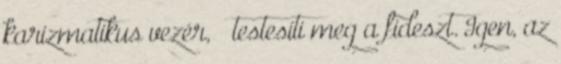
karizmatikus vezér, ō testesíti meg a fideszt. Igen, az